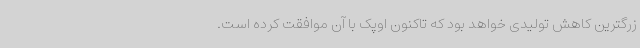
زرگترین کاهش تولیدی خواهد بود که تاکنون اوپک با آن موافقت کرده است.